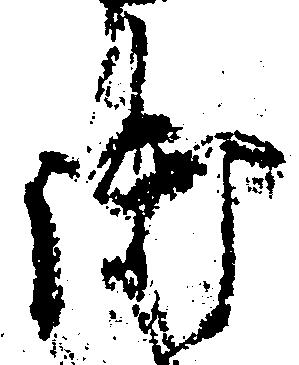
御